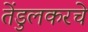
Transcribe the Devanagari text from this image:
तेंडुलकरचे